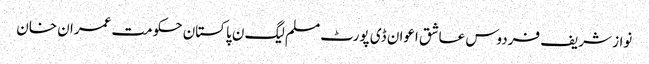
نواز شریف فردوس عاشق اعوان ڈی پورٹ مسلم لیگ ن پاکستان حکومت عمران خان